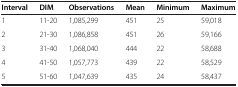
| Interval | DIM | Observations | Mean | Minimum | Maximum |
 | --- | --- | --- | --- | --- | --- |
 | 1 | 11-20 | 1,085,299 | 451 | 25 | 59,018 |
 | 2 | 21-30 | 1,086,858 | 451 | 26 | 59,166 |
 | 3 | 31-40 | 1,068,040 | 444 | 22 | 58,688 |
 | 4 | 41-50 | 1,057,773 | 439 | 22 | 58,529 |
 | 5 | 51-60 | 1,047,639 | 435 | 24 | 58,437 |